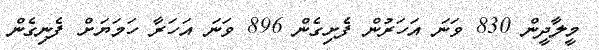
މީލާދީން 830 ވަނަ އަހަރުން ފެށިގެން 896 ވަނަ އަހަރާ ހަމަޔަށް ފެނިގެން